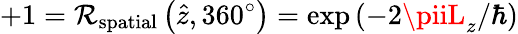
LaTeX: +1=\mathcal{R}_{\mathrm{{spatial}}}\left({\hat{{z}}},360^{\circ}\right)=\exp\left(-2\piiL_{z}/\hbar\right)